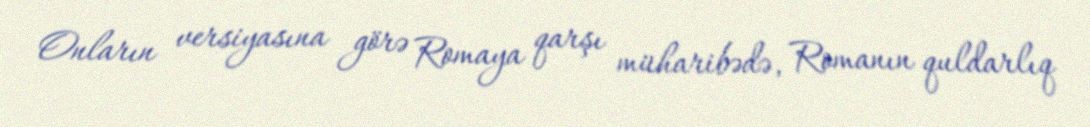
Onların versiyasına görə Romaya qarşı müharibədə, Romanın quldarlıq